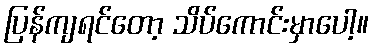
ပြန်ကျရင်တော့ သိပ်ကောင်းမှာပေါ့။